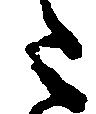
た